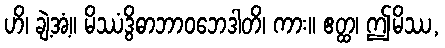
ဟိ၊ ချဲ့အံ့။ မိဿံဒွိဓာဘာဝဘေဒါတိ၊ ကား။ ဧတ္ထ၊ ဤမိဿ,